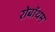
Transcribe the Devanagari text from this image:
रोबॉथम